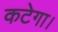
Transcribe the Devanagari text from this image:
कटेगा।